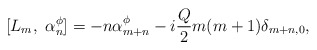
\begin{align*}[L_m, ~ \alpha^{\phi}_n] = -n\alpha^{\phi}_{m+n} -i{Q\over 2}m(m+1)\delta_{m+n,0},\end{align*}